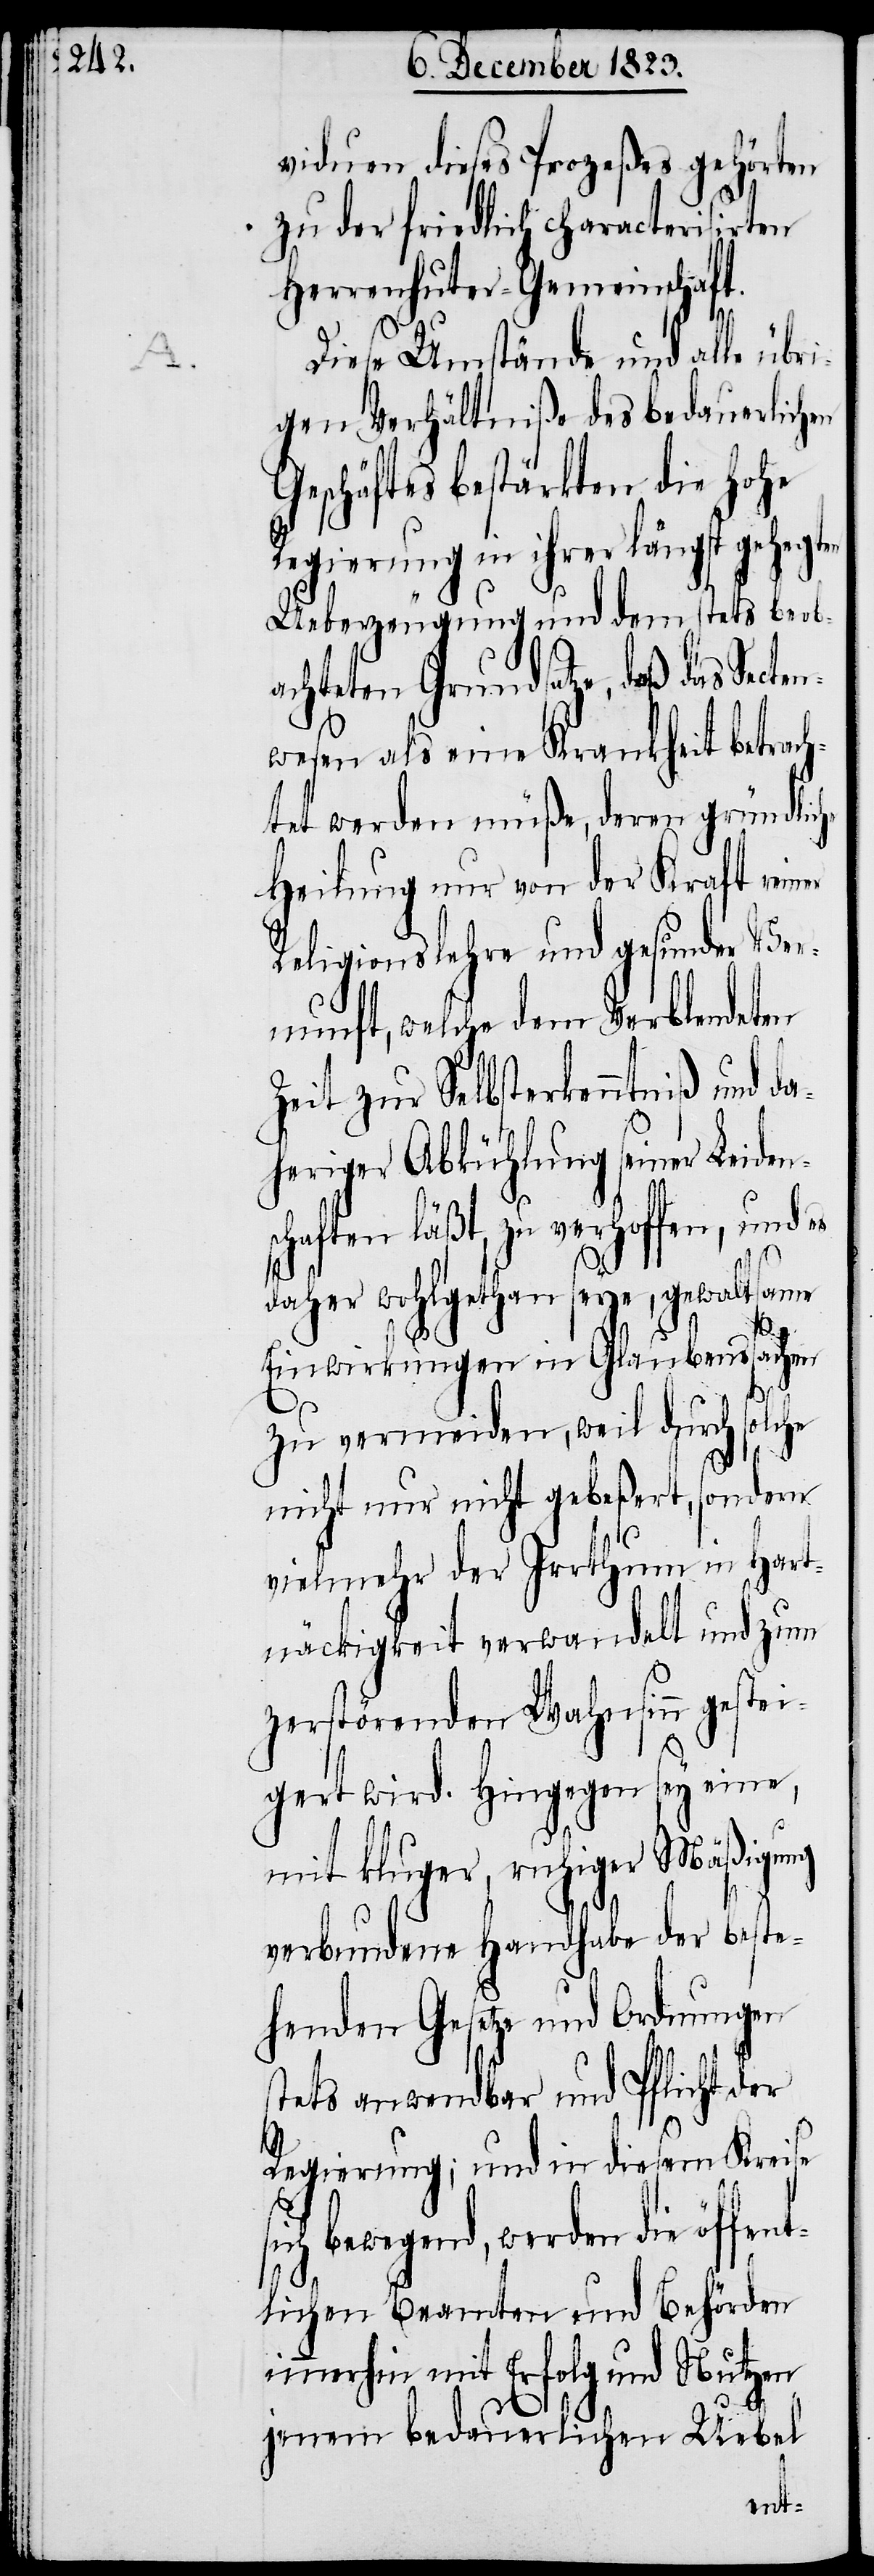
s¬

viduen dieses Prozeßes gehörten
zu der friedlich characterisirten
Herrenhuter-Gemeinschaft.
Diese Umstände und alle übri¬
gen Verhältniße des bedauerlichen
Geschäftes bestärkten die hohe
Regierung in ihrer längst gehegten
Ueberzeugung und dem stets beob¬
achteten Grundsatze, daß das Secte¬
nwesen als eine Krankheit betrach¬
tet werden müße, deren gründliche
Heilung nur von der Kraft reiner
Religionslehre und gesunder Ver¬
nunft, welche dem Verblendeten
Zeit zur Selbsterkenntniß und da¬
heriger Abkühlung seiner Leiden¬
haften läßt, zu verhoffen, und
daher wohlgethan seye, gewaltsame
Einwirkungen in Glaubenssachen
zu vermeiden, weil durch solche
nicht nur nicht gebeßert, sondern
vielmehr der Irrthum in Hart¬
näckigkeit verwandelt und zum
zerstörenden Wahnsinn gestei¬
gert wird. Hingegen sey eine,
mit kluger, ruhiger Mäßigung
verbundene Handhabe der beste¬
henden Gesetze und Ordnungen
stets anwendbar und Pflicht der
Regierung; und in diesem Kreise
ich bewegend, werden die öffen¬
tlichen Beamten und Behörden
immerhin mit Erfolg und Nutzen
jenem bedauerlichen Uebel